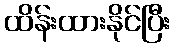
ထိန်းထားနိုင်ပြီး